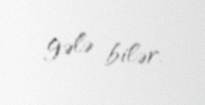
gələ bilər.